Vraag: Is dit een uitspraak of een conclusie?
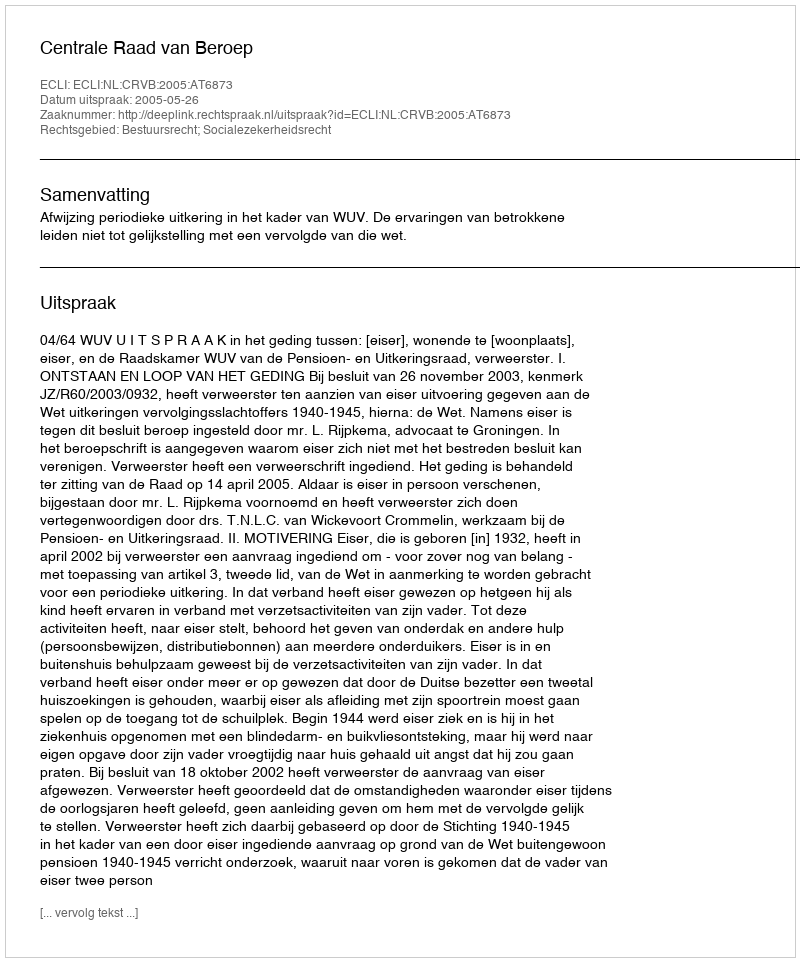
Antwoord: Uitspraak